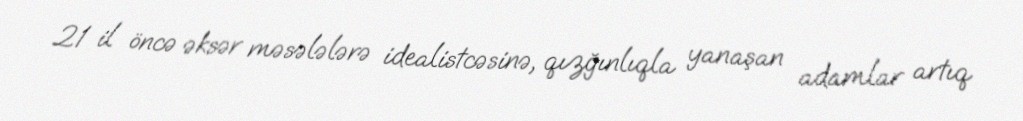
21 il öncə əksər məsələlərə idealistcəsinə, qızğınlıqla yanaşan adamlar artıq